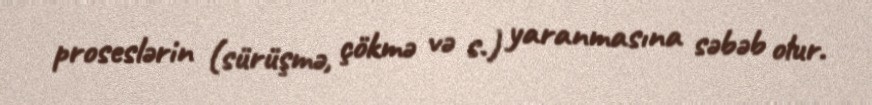
proseslərin (sürüşmə, çökmə və s.) yaranmasına səbəb olur.